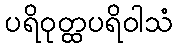
ပရိဝုတ္ထပရိဝါသံ